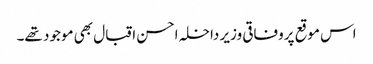
اس موقع پروفاقی وزیر داخلہ احسن اقبال بھی موجود تھے۔